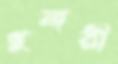
গুনারী